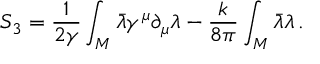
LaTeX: S _ { 3 } = \frac { 1 } { 2 \gamma } \int _ { \cal M } \bar { \lambda } \gamma ^ { \mu } \partial _ { \mu } \lambda - \frac { k } { 8 \pi } \int _ { \cal M } \bar { \lambda } \lambda \, .